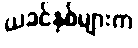
ယခင်နှစ်များက